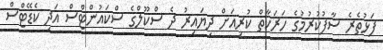
ފަޅުތެރެ ސާފުކުރުމުގެ ހަރަކާތް ކުރިއަށް ދިޔައިރު ދެ ސްކޫލްގެ ސްކައުންޓްސް އަދި ކެޑޭޓްސް